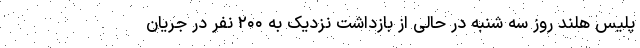
پلیس هلند روز سه شنبه در حالی از بازداشت نزدیک به ۲۰۰ نفر در جریان